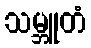
သမ္ဘူတံ